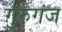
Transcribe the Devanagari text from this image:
गुरुगंज